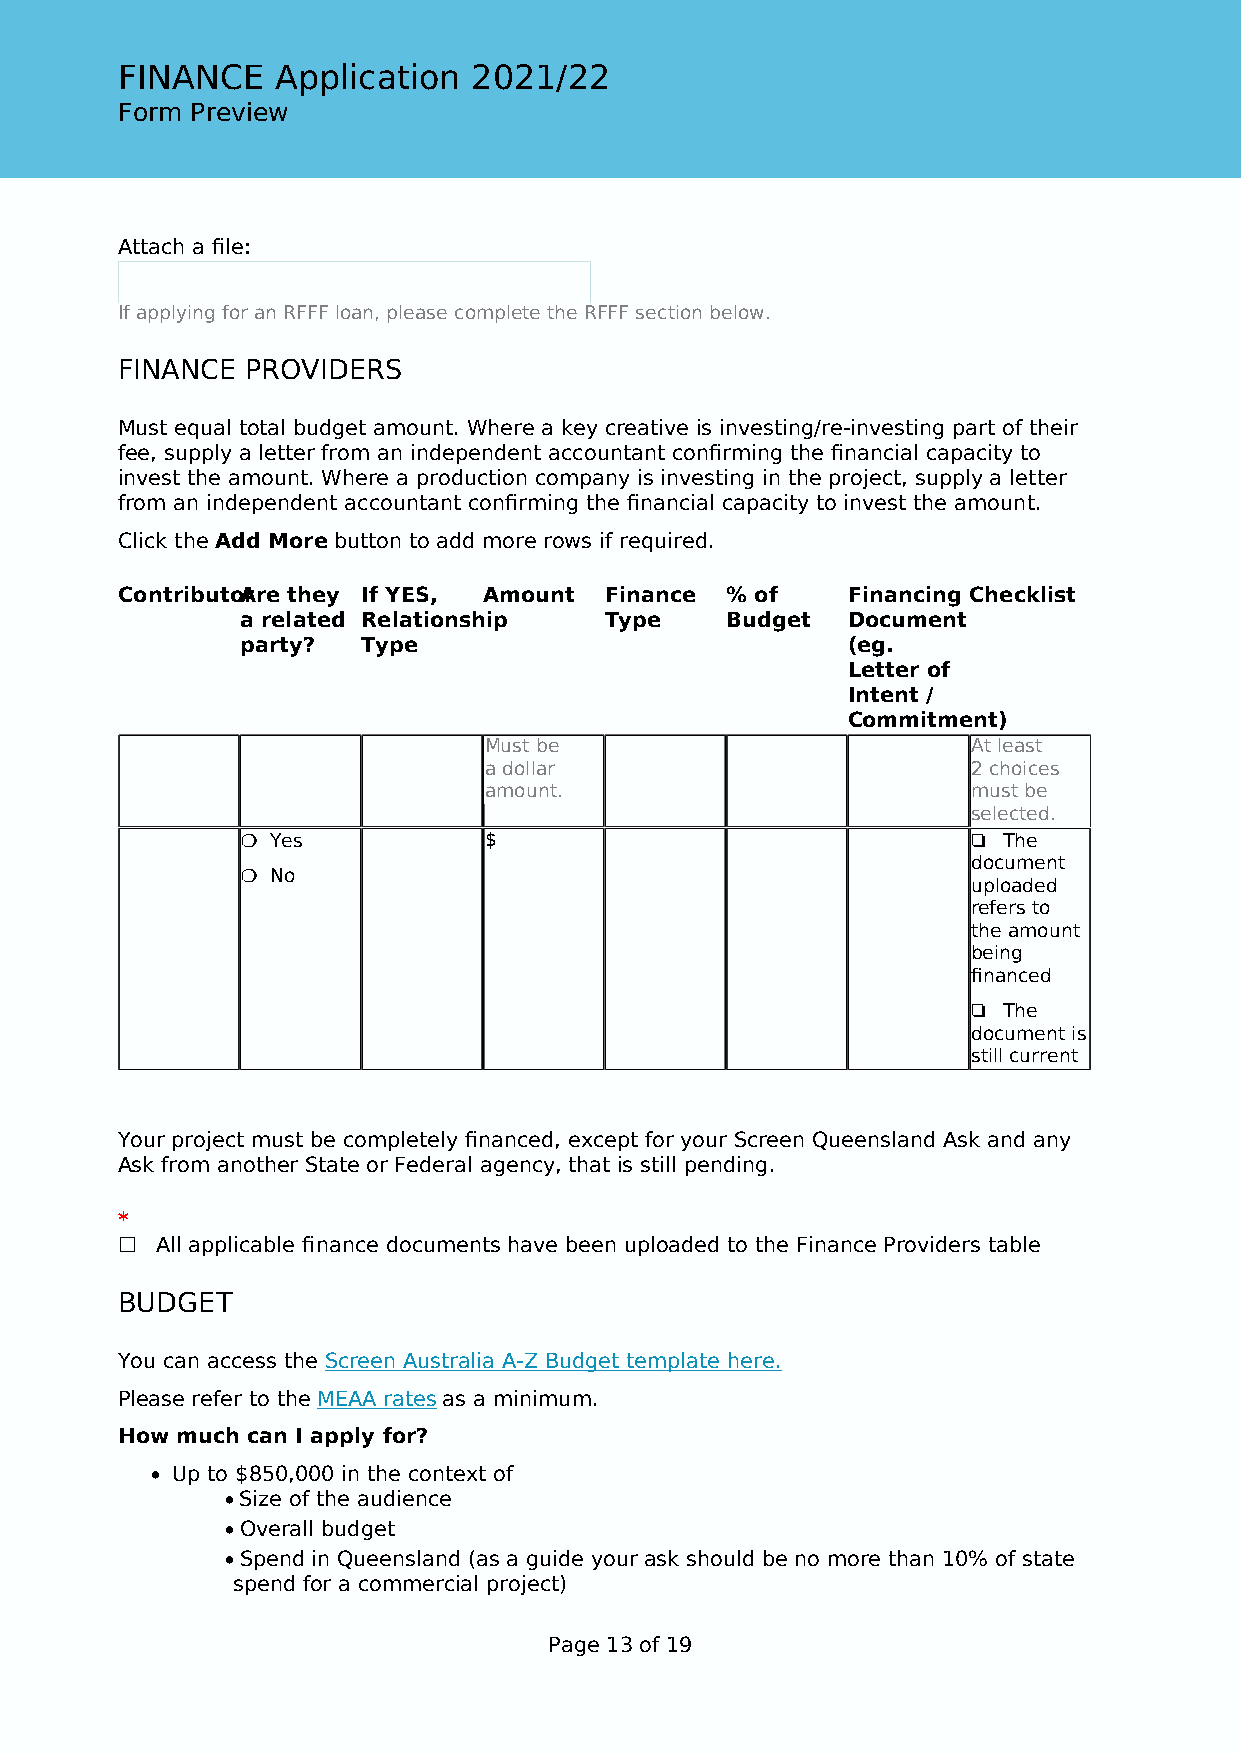
FINANCE   Application  2021/22
 Form Preview
 Attach a file:
 If applying for an RFFF loan, please complete the RFFF section below.
 FINANCE PROVIDERS
 Must equal total budget amount. Where a key creative is investing/re-investing part of their
 fee, supply a letter from an independent accountant confirming the financial capacity to
 invest the amount. Where a production company is investing in the project, supply a letter
 from an independent accountant confirming the financial capacity to invest the amount.
 Click the Add More button to add more rows if required.
 ContributoArre they If YES, Amount Finance % of Financing Checklist
 a related Relationship  Type    Budget  Document
 party?  Type                            (eg.
 Letter of
 Intent /
 Commitment)
 Must be                         At least
 a dollar                        2 choices
 amount.                         must be
 selected.
 ❍                                               ❏
 Yes           $                                 The
 ❍                                               document
 No
 uploaded
 refers to
 the amount
 being
 financed
 ❏
 The
 document is
 still current
 Your project must be completely financed, except for your Screen Queensland Ask and any
 Ask from another State or Federal agency, that is still pending.
 *
 ☐ All applicable finance documents have been uploaded to the Finance Providers table
 BUDGET
 You can access the Screen Australia A-Z Budget template here.
 Please refer to the MEAA rates as a minimum.
 How much can I apply for?
 • Up to $850,000 in the context of
 • Size of the audience
 • Overall budget
 • Spend in Queensland (as a guide your ask should be no more than 10% of state
 spend for a commercial project)
 Page 13 of 19